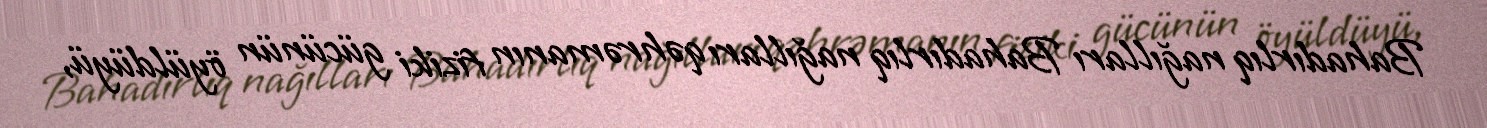
Bahadırlıq nağılları Bahadırlıq nağılları qəhrəmanın fiziki gücünün öyüldüyü,